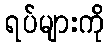
ရပ်များကို